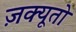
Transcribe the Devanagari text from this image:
ज़क्यूतो